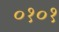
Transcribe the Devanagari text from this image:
०१०१